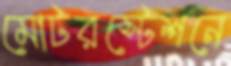
মোটরস্টেশনে